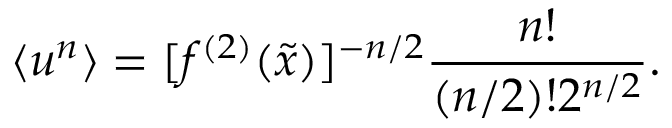
\langle u ^ { n } \rangle = [ f ^ { ( 2 ) } ( \tilde { x } ) ] ^ { - n / 2 } \frac { n ! } { ( n / 2 ) ! 2 ^ { n / 2 } } .